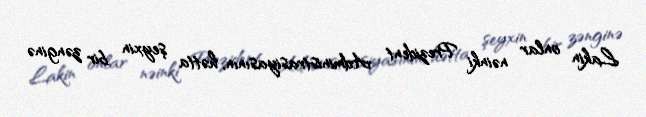
Lakin onlar nəinki Prezident Administrasiyasının, hətta şeyxin bir zənginə